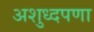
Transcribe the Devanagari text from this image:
अशुध्दपणा